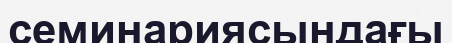
семинариясындағы